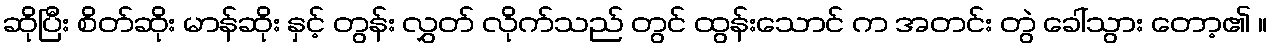
ဆိုပြီး စိတ်ဆိုး မာန်ဆိုး နှင့် တွန်း လွှတ် လိုက်သည် တွင် ထွန်းသောင် က အတင်း တွဲ ခေါ်သွား တော့၏ ။